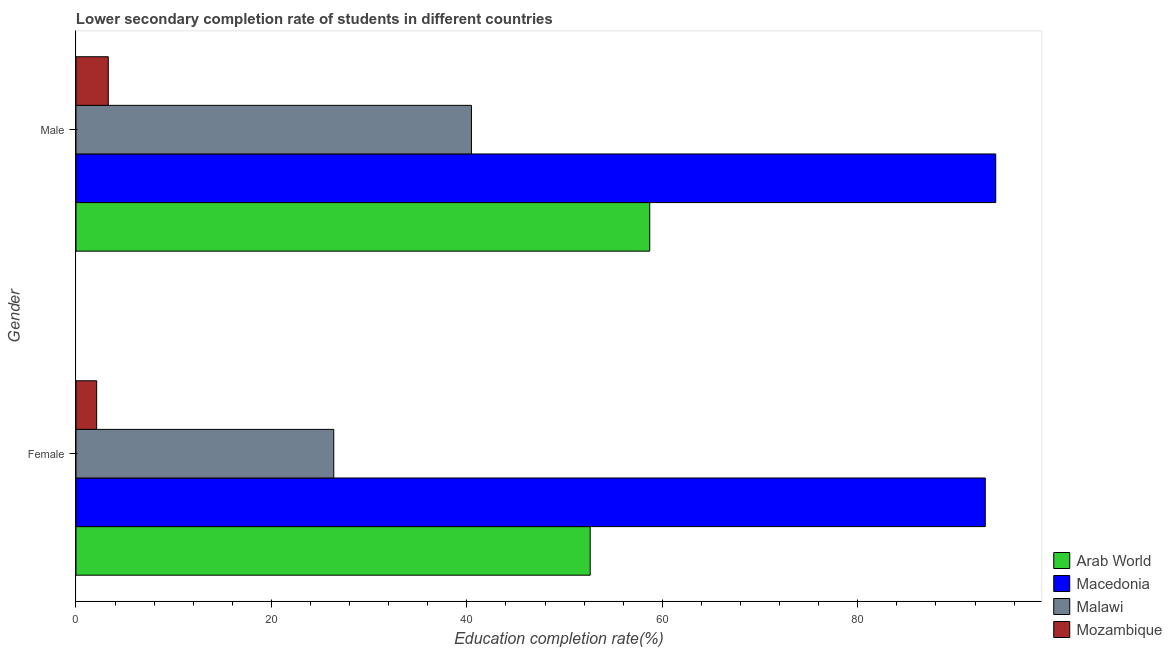
| Gender | Arab World | Macedonia | Malawi | Mozambique |
 | --- | --- | --- | --- | --- |
 | Female | 52.6 | 93.1 | 26.4 | 2.12 |
 | Male | 58.7 | 94.1 | 40.5 | 3.31 |